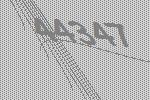
44347